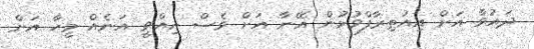
ދައުވާ އަށް އިއުތިރާފްވުމުން އޭނާ އަށް ވެސް އިއްވީ އަނެއް މީހާ އަށް